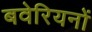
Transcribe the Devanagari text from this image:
बवेरियनों